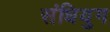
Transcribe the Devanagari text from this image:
संधियुग